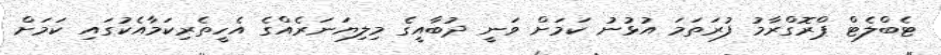
ޓެބްލެޓް ޕްރޮގްރާމު ފުރަތަމަ އުޅުނު ކަމަށް ވަނީ ދުބާއީގެ މިލިޔަނަރެއްގެ އެހީތެރިކަމާއެކުގައި ކަމަށް